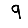
Digit: 9